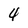
Character: 4